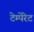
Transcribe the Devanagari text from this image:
टेम्पेरेट